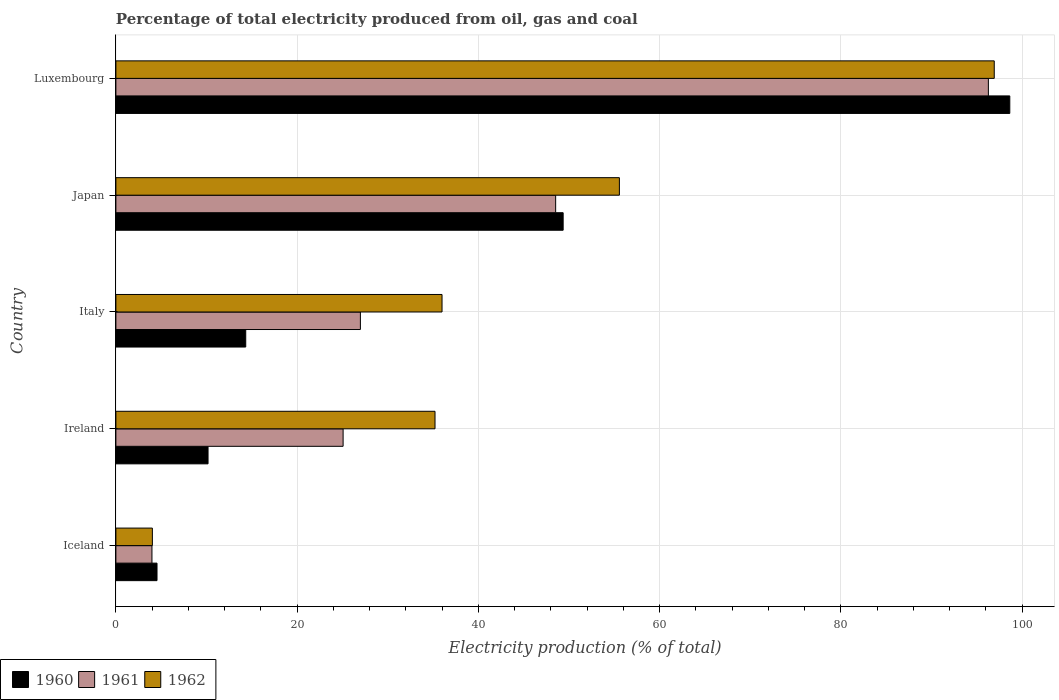
| Country | 1960 | 1961 | 1962 |
 | --- | --- | --- | --- |
 | Iceland | 4.54 | 3.98 | 4.03 |
 | Ireland | 10.2 | 25.1 | 35.2 |
 | Italy | 14.3 | 27 | 36 |
 | Japan | 49.4 | 48.5 | 55.6 |
 | Luxembourg | 98.6 | 96.3 | 96.9 |